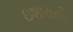
ઇશારાની